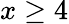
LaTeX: x\geq 4